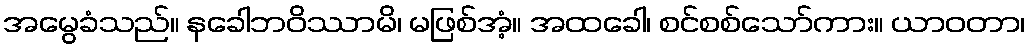
အမွေခံသည်။ နခေါဘဝိဿာမိ၊ မဖြစ်အံ့။ အထခေါ၊ စင်စစ်သော်ကား။ ယာဝတာ၊